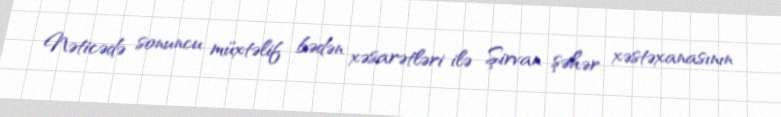
Nəticədə sonuncu müxtəlif bədən xəsarətləri ilə Şirvan şəhər xəstəxanasının